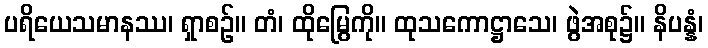
ပရိယေသမာနဿ၊ ရှာစဉ်။ တံ၊ ထိုမြွေကို။ ထုသကောဋ္ဌာသေ၊ ဖွဲအစု၌။ နိပန္နံ၊